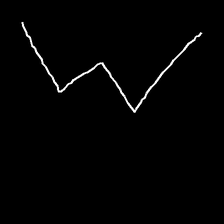
Glyph: crush